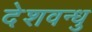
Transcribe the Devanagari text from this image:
देशवन्धु